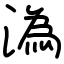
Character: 溈